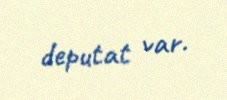
deputat var.